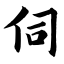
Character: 伺